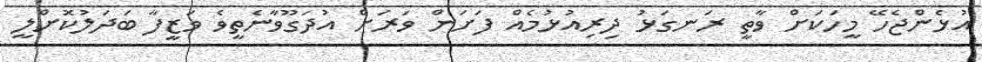
އުޅެންޖެހޭ މީހަކަށް ވާތީ ރަނގަޅު ދިރިއުޅުމެއް ފަށަން ވަރަށް އުދަގޫވާނެތީވެ ވަޒީފާ ބަދަލުކޮށްލީ